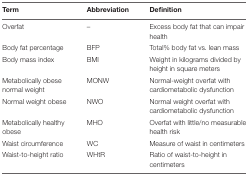
<table><thead><tr><td><b>Term</b></td><td><b>Abbreviation</b></td><td><b>Definition</b></td></tr></thead><tbody><tr><td>Overfat</td><td>–</td><td>Excess body fat that can impair health</td></tr><tr><td>Body fat percentage</td><td>BFP</td><td>Total% body fat vs. lean mass</td></tr><tr><td>Body mass index</td><td>BMI</td><td>Weight in kilograms divided by height in square meters</td></tr><tr><td>Metabolically obese normal weight</td><td>MONW</td><td>Normal-weight overfat with cardiometabolic dysfunction</td></tr><tr><td>Normal weight obese</td><td>NWO</td><td>Normal weight overfat with cardiometabolic dysfunction</td></tr><tr><td>Metabolically healthy obese</td><td>MHO</td><td>Overfat with little/no measurable health risk</td></tr><tr><td>Waist circumference</td><td>WC</td><td>Measure of waist in centimeters</td></tr><tr><td>Waist-to-height ratio</td><td>WHtR</td><td>Ratio of waist-to-height in centimeters</td></tr></tbody></table>